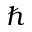
\hbar